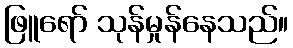
ဖြူရော် သုန်မှုန်နေသည်။